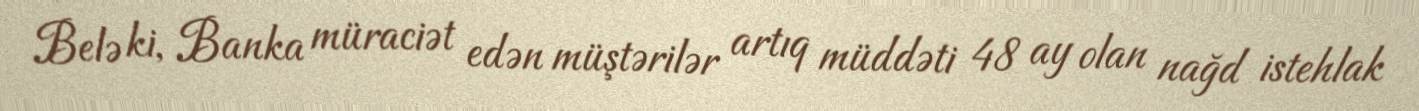
Belə ki, Banka müraciət edən müştərilər artıq müddəti 48 ay olan nağd istehlak